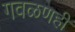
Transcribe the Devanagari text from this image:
गवळणही